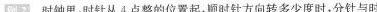
例2 时钟里，时针从4点整的位置起，顺时针方向转多少度时，分针与时